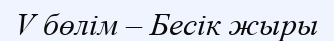
V бөлім – Бесік жыры